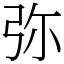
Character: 弥